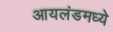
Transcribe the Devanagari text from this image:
आयलंडमध्ये